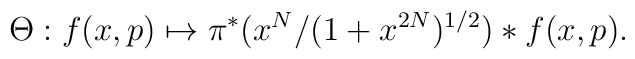
\Theta:f(x,p) \mapsto \pi^{*}(x^{N}/(1+x^{2N})^{{1/2}})*f(x,p).